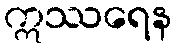
ဣဿရေန